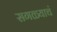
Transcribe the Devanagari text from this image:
सगळ्याचं